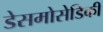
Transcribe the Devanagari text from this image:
डेसमोसेडिकी